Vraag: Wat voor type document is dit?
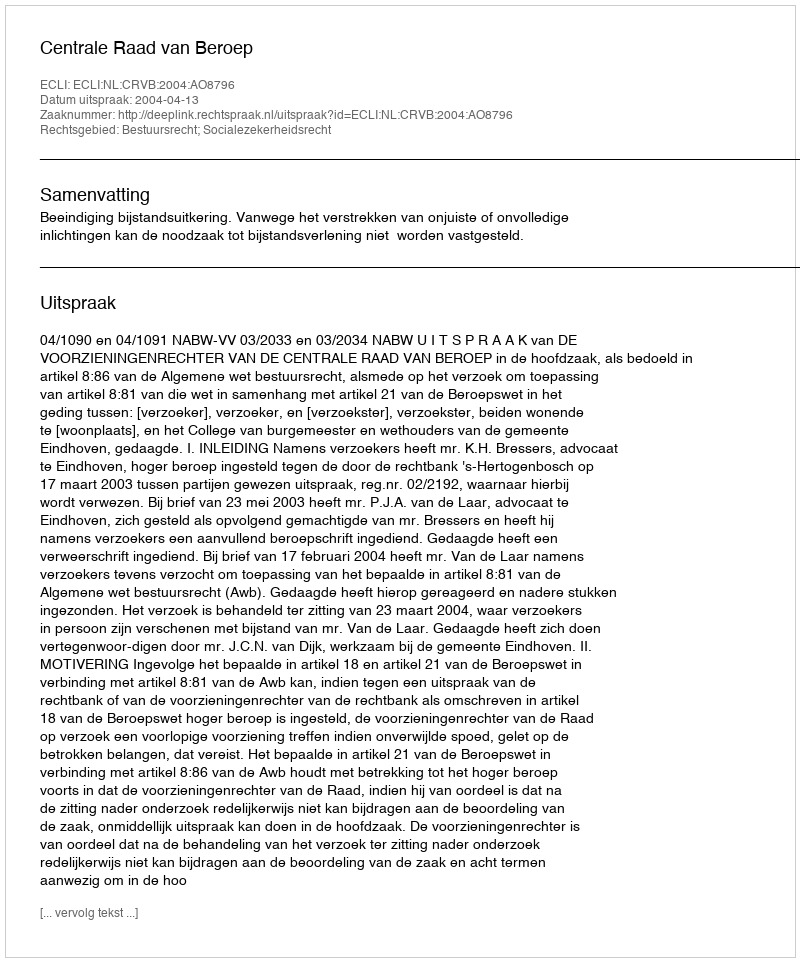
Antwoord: Uitspraak